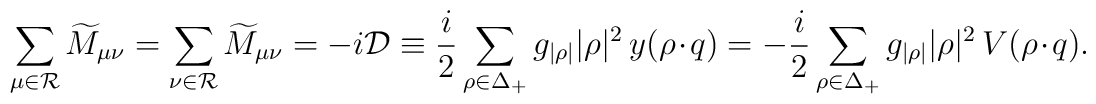
\sum_{\mu\in{\cal R}}\widetilde{M}_{\mu\nu}=   \sum_{\nu\in{\cal R}}\widetilde{M}_{\mu\nu}=   -i{\cal D}\equiv{i\over2}\sum_{\rho\in\Delta_{+}}g_{|\rho|}|\rho|^2\,y      (\rho\cdot q)   =-{i\over2}\sum_{\rho\in\Delta_+}g_{|\rho|}|\rho|^2\,V   (\rho\cdot q).